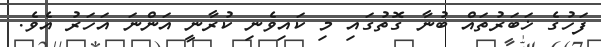
ފަހުގެ ޚަބަރުތައް ބުނާ ގޮތުގައި މި ކައިވެނި ކުރާނީ އަންނަ އަހަރު އެވެ.